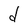
Character: d